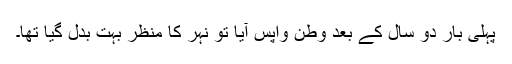
پہلی بار دو سال کے بعد وطن واپس آیا تو نہر کا منظر بہت بدل گیا تھا۔